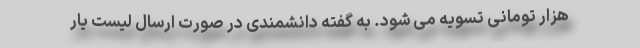
هزار تومانی تسویه می شود. به گفته دانشمندی در صورت ارسال لیست یار